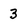
Character: 3